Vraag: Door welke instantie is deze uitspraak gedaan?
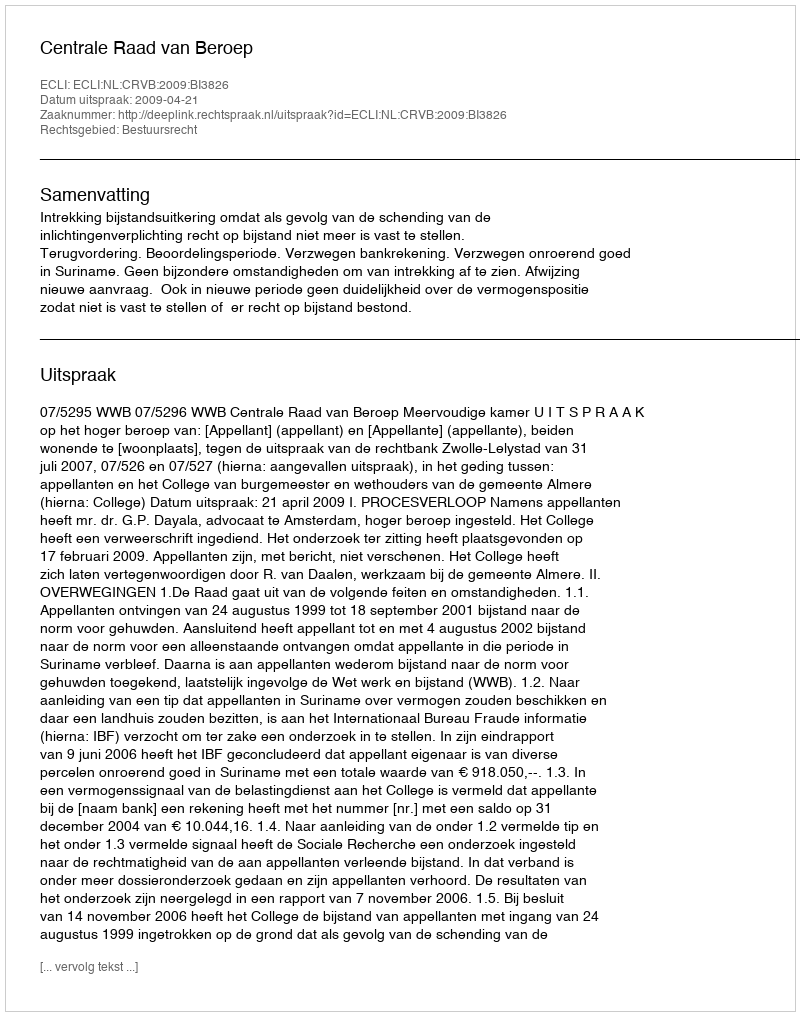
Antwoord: Centrale Raad van Beroep